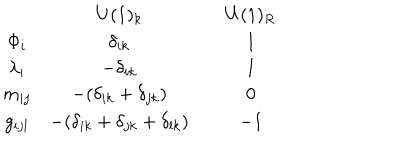
\begin{array} { c c c c } { { } } & { { U ( 1 ) _ { k } } } & { { { } } } & { { U ( 1 ) _ { R } } } \\ { { \Phi _ { i } } } & { { \delta _ { i k } } } & { { } } & { { 1 } } \\ { { \lambda _ { i } } } & { { - \delta _ { i k } } } & { { } } & { { 1 } } \\ { { m _ { i j } } } & { { - ( \delta _ { i k } + \delta _ { j k } ) } } & { { } } & { { 0 } } \\ { { g _ { i j l } } } & { { - ( \delta _ { i k } + \delta _ { j k } + \delta _ { l k } ) } } & { { } } & { { - 1 } } \\ \end{array}